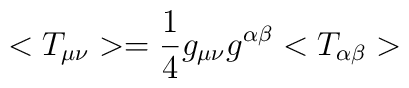
<T_{\mu\nu}>=\frac{1}{4}g_{\mu\nu}g^{\alpha\beta}<T_{\alpha\beta}>